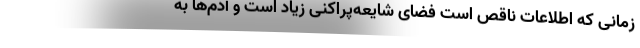
زمانی که اطلاعات ناقص است فضای شایعه‌‌پراکنی زیاد است و آدم‌ها به